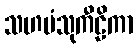
သဟပံသုကီဠိကာ